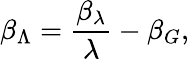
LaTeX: \beta_{\Lambda}=\frac{\beta_{\lambda}}{\lambda}-\beta_{G},